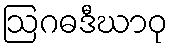
ဩဂဓဒီဃာဝု